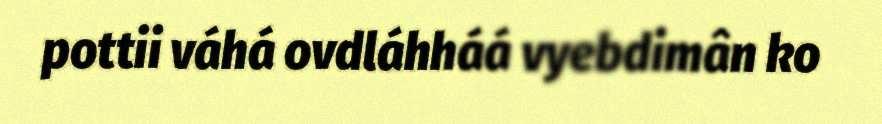
pottii váhá ovdláhháá vyebdimân ko